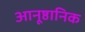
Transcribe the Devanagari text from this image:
आनूष्ठानिक